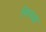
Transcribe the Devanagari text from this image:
निप्पक्ष